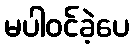
မပါဝင်ခဲ့ပေ